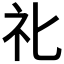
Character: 𥘇